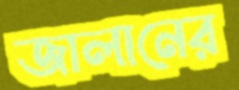
জালানের